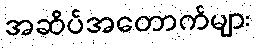
အဆိပ်အတောက်များ